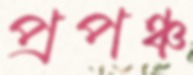
প্রপঞ্চ